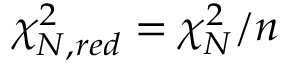
\chi _ { N , r e d } ^ { 2 } = \chi _ { N } ^ { 2 } / n